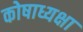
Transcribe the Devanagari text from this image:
कोषाध्यक्षा